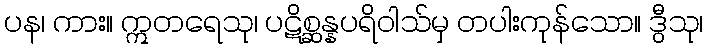
ပန၊ ကား။ ဣတရေသု၊ ပဋိစ္ဆန္နပရိဝါသ်မှ တပါးကုန်သော။ ဒွီသု၊